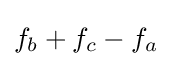
f_{b}+f_{c}-f_{a}